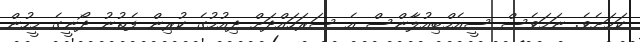
ކަމަށެވެ. ނަމަވެސް ސީއެމްބިއުލާންސް އެ ސަރަހައްދަށް ދިއުމުގެ ކުރިން ފެތުނު ދޯނީގެ މީހުން